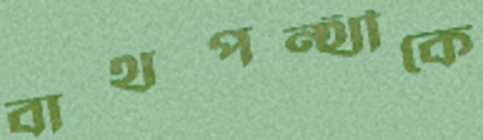
বাথপন্থীকে